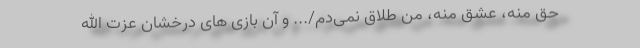
حق منه، عشق منه، من طلاق نمی‌دم/... و آن بازی های درخشان عزت الله